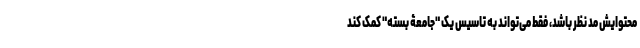
محتوایش مد نظر باشد، فقط می‌تواند به تاسیس یک "جامعۀ بسته" کمک کند